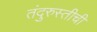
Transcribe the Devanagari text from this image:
तंदुरुस्तीची